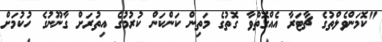
"ކޮމަންވެލްތުގެ ޗާޓަރާ އެއްގޮތްވާ ގޮތުގެ މަތިން ކަންކަން ކުރުމުގެ އިތުރަށް ގާނޫނުގެ ހުކުމަށް